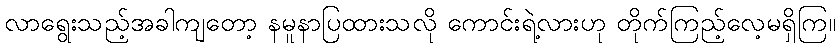
လာရွေးသည့်အခါကျတော့ နမူနာပြထားသလို ကောင်းရဲ့လားဟု တိုက်ကြည့်လေ့မရှိကြ။